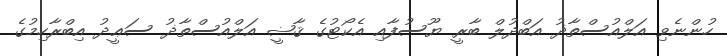
ހުންނެވި އަލްއުސްތާޛު އަބްދުލް ބާރީ ޔޫސުފާއި އެކޯޓުގެ ޤާޟީ އަލްއުސްތާޛު ސަޢީދު އިބްރާހިމުގެ